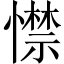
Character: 㦗